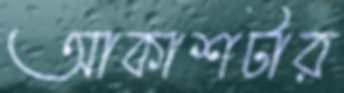
আকাশটার